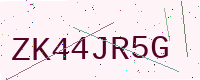
Text: ZK44JR5G